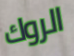
الروك